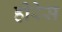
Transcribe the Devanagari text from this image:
हीरेस